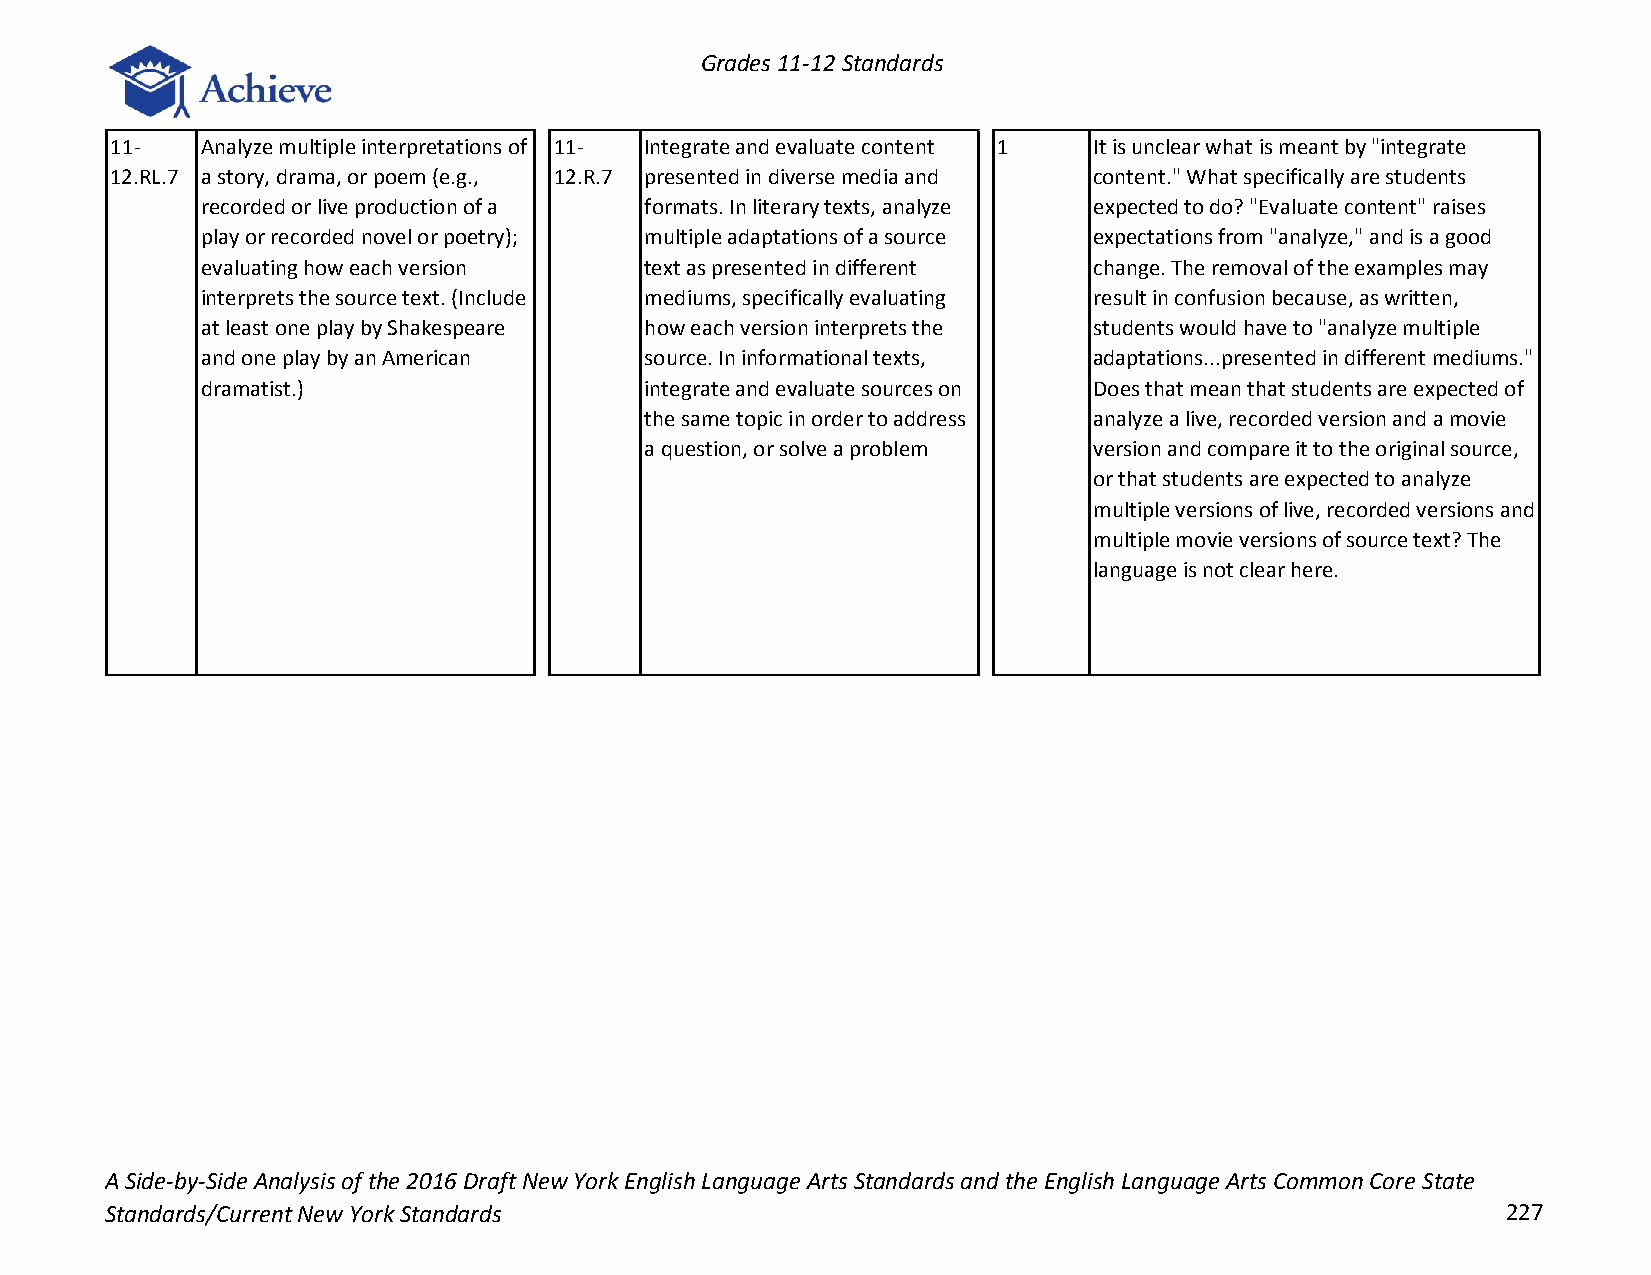
Grades 11-12 Standards
 11-   Analyze multiple interpretations of 11- Integrate and evaluate content 1 It is unclear what is meant by "integrate
 12.RL.7 a story, drama, or poem (e.g., 12.R.7 presented in diverse media and content." What specifically are students
 recorded or live production of a formats. In literary texts, analyze expected to do? "Evaluate content" raises
 play or recorded novel or poetry); multiple adaptations of a source expectations from "analyze," and is a good
 evaluating how each version   text as presented in different change. The removal of the examples may
 interprets the source text. (Include mediums, specifically evaluating result in confusion because, as written,
 at least one play by Shakespeare how each version interprets the students would have to "analyze multiple
 and one play by an American   source. In informational texts, adaptations...presented in different mediums."
 dramatist.)                   integrate and evaluate sources on Does that mean that students are expected of
 the same topic in order to address analyze a live, recorded version and a movie
 a question, or solve a problem version and compare it to the original source,
 or that students are expected to analyze
 multiple versions of live, recorded versions and
 multiple movie versions of source text? The
 language is not clear here.
 A Side-by-Side Analysis of the 2016 Draft New York English Language Arts Standards and the English Language Arts Common Core State
 Standards/Current New York Standards                                                         227